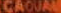
CAOUAI